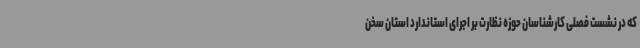
که در نشست فصلی کارشناسان حوزه نظارت بر اجرای استاندارد استان سخن